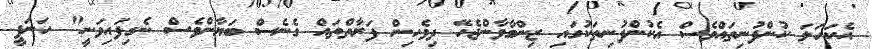
އެކަހަލަ ކުންފުނިތައްވެސް އެކުންފުނިތަކުގައި ޒިންމާވާންޖެހޭ ދިވެހިން ފަރާތްތައް ގެނެސް ބަޔާންވެސް ނެގިފައިވަނީ" ހަނަފީ